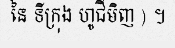
នៃ ទីក្រុង ហូជីមិញ ) ។